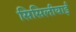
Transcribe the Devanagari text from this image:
सिसिलीयाई